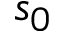
s _ { 0 }